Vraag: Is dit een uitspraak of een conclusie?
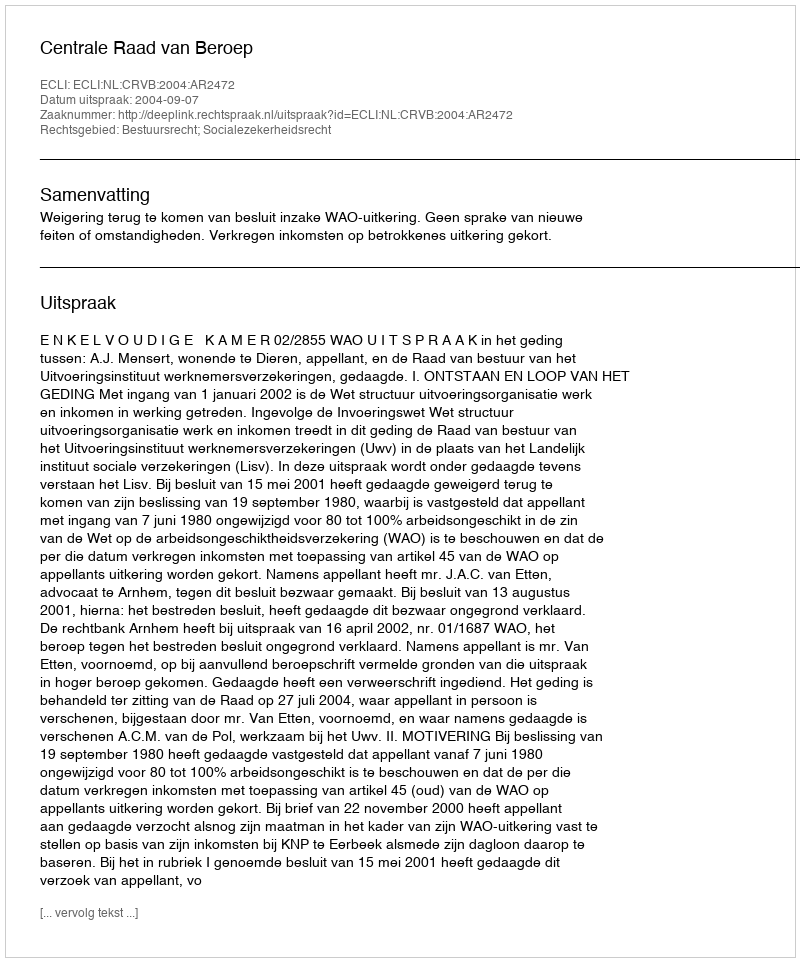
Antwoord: Uitspraak